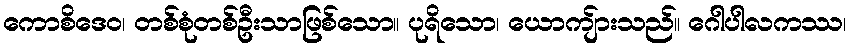
ကောစိဒေဝ၊ တစ်စုံတစ်ဦးသာဖြစ်သော။ ပုရိသော၊ ယောကျ်ားသည်။ ဂေါပါလကဿ၊